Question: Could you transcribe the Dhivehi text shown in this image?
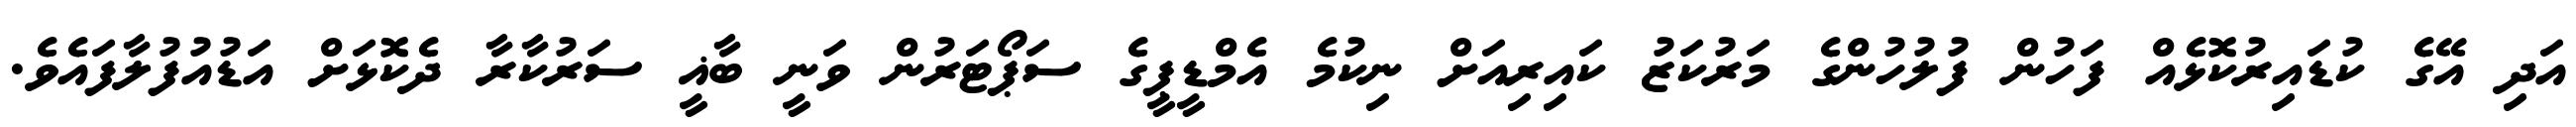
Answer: އަދި އޭގެ ކުޑައިރުކޮޅެއް ފަހުން ފުލުހުންގެ މަރުކަޒު ކައިރިއަށް ނިކުމެ އެމްޑީޕީގެ ސަޕޯޓަރުން ވަނީ ބާޣީ ސަރުކާރާ ދެކޮޅަށް އަޑުއުފުލާފައެވެ.